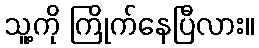
သူ့ကို ကြိုက်နေပြီလား။